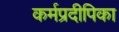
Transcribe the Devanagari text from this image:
कर्मप्रदीपिका